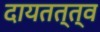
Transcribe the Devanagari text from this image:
दायतत्त्व